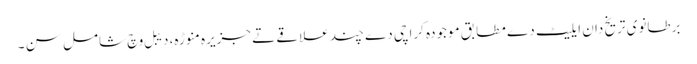
برطانوی تریخ دان ایلیٹ دے مطابق موجودہ کراچی دے چند علاقے تے جزیرہ منوڑہ، دیبل وچ شامل سن ۔